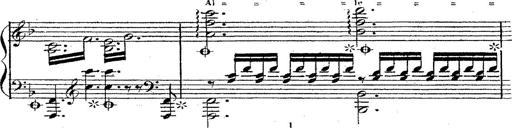
Title: 12 Lieder von Franz Schubert
Composer: Franz Liszt